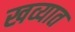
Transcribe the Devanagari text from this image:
खव्यात